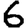
Digit: 6